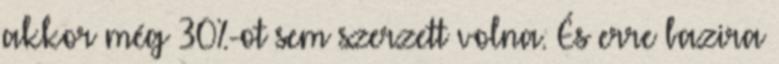
akkor még 30%-ot sem szerzett volna. És erre bazira